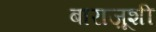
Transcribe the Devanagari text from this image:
बाराज़ूशी